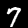
Label: 7